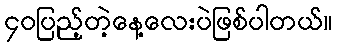
၄၀ပြည့်တဲ့နေ့လေးပဲဖြစ်ပါတယ်။